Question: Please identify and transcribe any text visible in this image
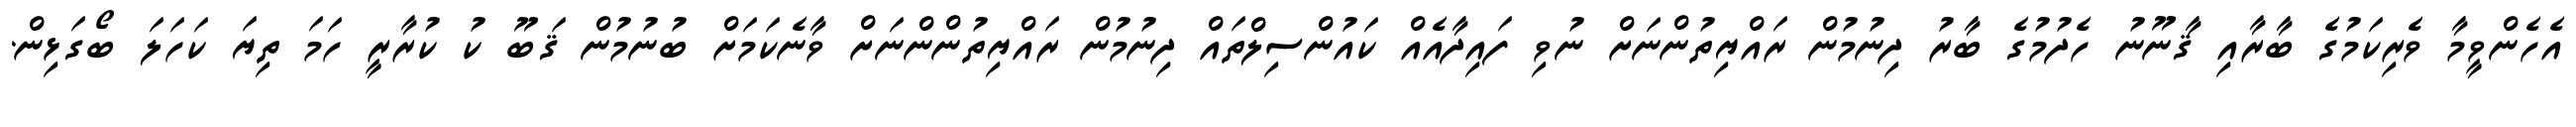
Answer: އެހެންވީމާ ވެރިކަމުގެ ބާރާއި ޤާނޫނު ހެދުމުގެ ބާރު ދިނުމުން ރައްޔިތުންނަށް ނުވި ފައިދާއެއް ކައުންސިލްތައް ދިނުމުން ރައްޔިތުންންނަށް ވާނެކަމަށް ބުނުމުން ޤަބޫ ކު ކުރާރީ ހަމަ ތިޔަ ކަހަލަ ބޯގަޅިން.